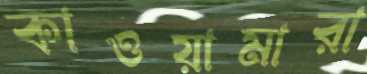
কাওয়ামারা